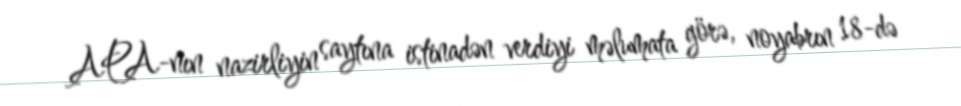
APA-nın nazirliyin saytına istinadən verdiyi məlumata görə, noyabrın 18-də